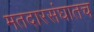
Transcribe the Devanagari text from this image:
मतदारसंघातच